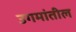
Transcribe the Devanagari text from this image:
उगमांतील